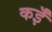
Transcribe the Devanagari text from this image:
कईँ